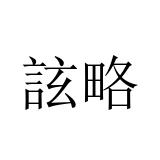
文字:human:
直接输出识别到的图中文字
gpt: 詃略